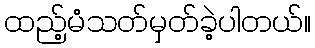
ထည့်မံသတ်မှတ်ခဲ့ပါတယ်။